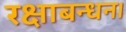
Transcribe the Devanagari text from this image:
रक्षाबन्धन।